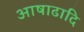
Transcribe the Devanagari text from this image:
आषाढादि